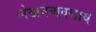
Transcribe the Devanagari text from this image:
लेखनव्यवसाय